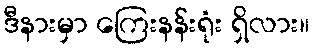
ဒီနားမှာ ကြေးနန်းရုံး ရှိလား။